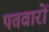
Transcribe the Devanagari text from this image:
पतवारों